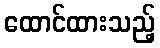
ထောင်ထားသည့်